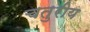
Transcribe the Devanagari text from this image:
चतुरीय